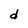
Character: d